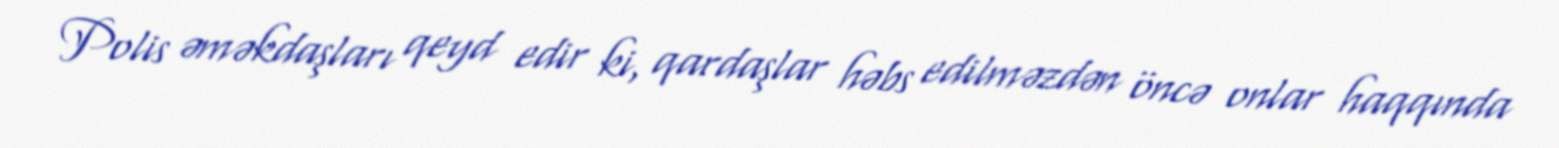
Polis əməkdaşları qeyd edir ki, qardaşlar həbs edilməzdən öncə onlar haqqında